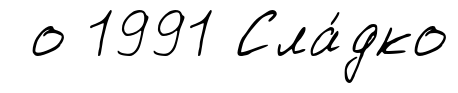
о 1991 Сла́дко